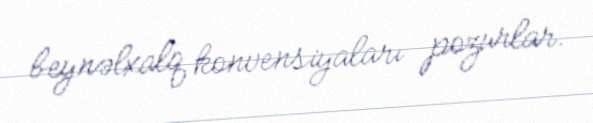
beynəlxalq konvensiyaları pozurlar.